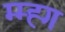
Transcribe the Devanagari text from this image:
म्म्ह्ग